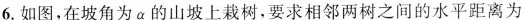
6.如图，在坡角为α的山坡上栽树，要求相邻两树之间的水平距离为